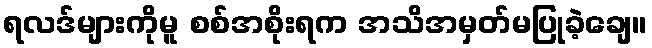
ရလဒ်များကိုမူ စစ်အစိုးရက အသိအမှတ်မပြုခဲ့ချေ။